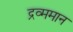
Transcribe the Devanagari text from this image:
द्रव्ममान